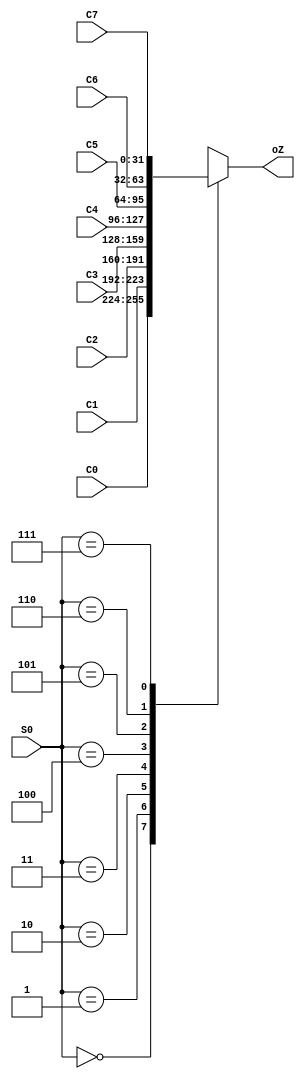
///////////////////////////////////////////////////////////////////////////////
// Type: Module
// Project: MIPS Pipeline CPU 54 Instructions
///////////////////////////////////////////////////////////////////////////////

`timescale 1ns / 1ps

module mux_8_32(
    input [31:0] C0,
    input [31:0] C1,
    input [31:0] C2,
    input [31:0] C3,
    input [31:0] C4,
    input [31:0] C5,
    input [31:0] C6,
    input [31:0] C7,
    input [2:0] S0,

    output [31:0] oZ
    );

    reg [31:0] temp;

    always @(*) begin
        case(S0)
            3'b000: temp <= C0;
            3'b001: temp <= C1;
            3'b010: temp <= C2;
            3'b011: temp <= C3;
            3'b100: temp <= C4;
            3'b101: temp <= C5;
            3'b110: temp <= C6;
            3'b111: temp <= C7;
            default: temp <= 32'bz;
        endcase
   end
   
   assign oZ = temp;
   
endmodule